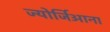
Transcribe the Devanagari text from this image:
ज्योर्जिआना